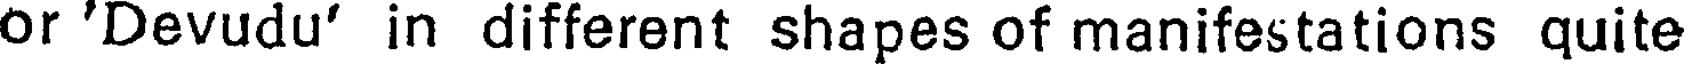
or 'Devudu' in different shapes of manifestations quite